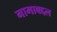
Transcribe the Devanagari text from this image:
नामाबद्दल